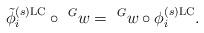
LaTeX: \begin{align*} \tilde{\phi}_i^{(s)\textup{LC}}\circ \ ^Gw=\ ^Gw\circ \phi^{(s)\textup{LC}}_i.\end{align*}